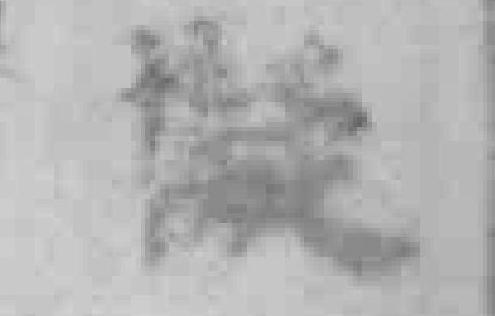
擬